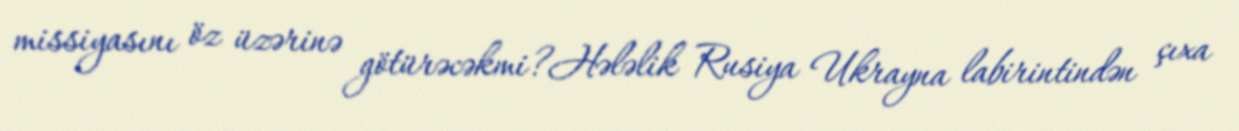
missiyasını öz üzərinə götürəcəkmi?Hələlik Rusiya Ukrayna labirintindən çıxa